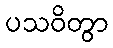
ပသဝိတွာ